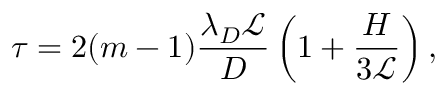
\tau = 2 ( m - 1 ) \frac { \lambda _ { D } \mathcal { L } } { D } \left( 1 + \frac { H } { 3 \mathcal { L } } \right) ,